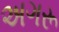
અગરૂ